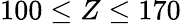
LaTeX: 100\leq Z\leq 170